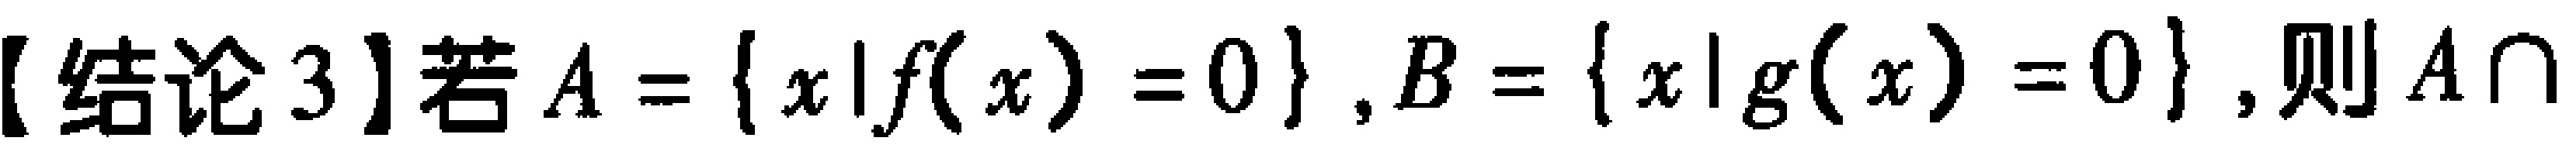
【结论 3】若 \(A = \{ x|f(x) = 0\}, B = \{ x|g(x) = 0\}\), 则 \(A\cap\)